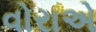
વોરાએ